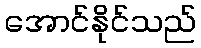
အောင်နိုင်သည်